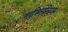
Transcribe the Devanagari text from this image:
नामिनलिज्म